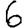
Digit: 6